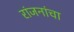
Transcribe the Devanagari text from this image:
रांजनांचा